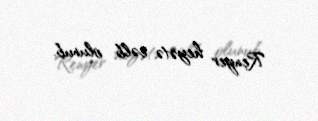
Renyer heyətə cəlb olunub.